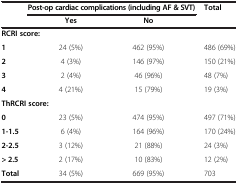
<table><thead><tr><td><b> </b></td><td colspan="2"><b>Post-op cardiac complications (including AF &amp; SVT)</b></td><td><b>Total</b></td></tr><tr><td><b> </b></td><td><b>Yes</b></td><td><b>No</b></td><td><b> </b></td></tr></thead><tbody><tr><td colspan="4"><b>RCRI score:</b></td></tr><tr><td><b>1</b></td><td>24 (5%)</td><td>462 (95%)</td><td>486 (69%)</td></tr><tr><td><b>2</b></td><td>4 (3%)</td><td>146 (97%)</td><td>150 (21%)</td></tr><tr><td><b>3</b></td><td>2 (4%)</td><td>46 (96%)</td><td>48 (7%)</td></tr><tr><td><b>4</b></td><td>4 (21%)</td><td>15 (79%)</td><td>19 (3%)</td></tr><tr><td colspan="4"><b>ThRCRI score:</b></td></tr><tr><td><b>0</b></td><td>23 (5%)</td><td>474 (95%)</td><td>497 (71%)</td></tr><tr><td><b>1-1.5</b></td><td>6 (4%)</td><td>164 (96%)</td><td>170 (24%)</td></tr><tr><td><b>2-2.5</b></td><td>3 (12%)</td><td>21 (88%)</td><td>24 (3%)</td></tr><tr><td><b>&gt; 2.5</b></td><td>2 (17%)</td><td>10 (83%)</td><td>12 (2%)</td></tr><tr><td><b>Total</b></td><td>34 (5%)</td><td>669 (95%)</td><td>703</td></tr></tbody></table>